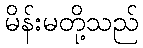
မိန်းမတို့သည်